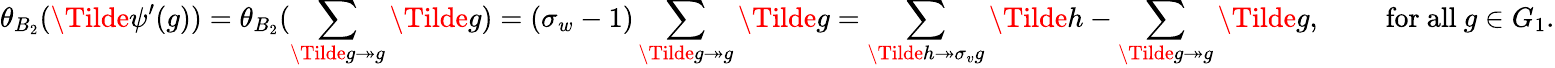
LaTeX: \theta_{B_{2}}(\Tilde{\psi}^{\prime}(g))=\theta_{B_{2}}(\sum_{\Tilde{g}\twoheadrightarrow g}\Tilde{g})=(\sigma_{w}-1)\sum_{\Tilde{g}\twoheadrightarrow g}\Tilde{g}=\sum_{\Tilde{h}\twoheadrightarrow\sigma_{v}g}\Tilde{h}-\sum_{\Tilde{g}\twoheadrightarrow g}\Tilde{g},\qquad\mathrm{~for~all~}g\in G_{1}.